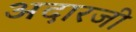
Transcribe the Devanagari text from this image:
अदारजी